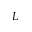
L